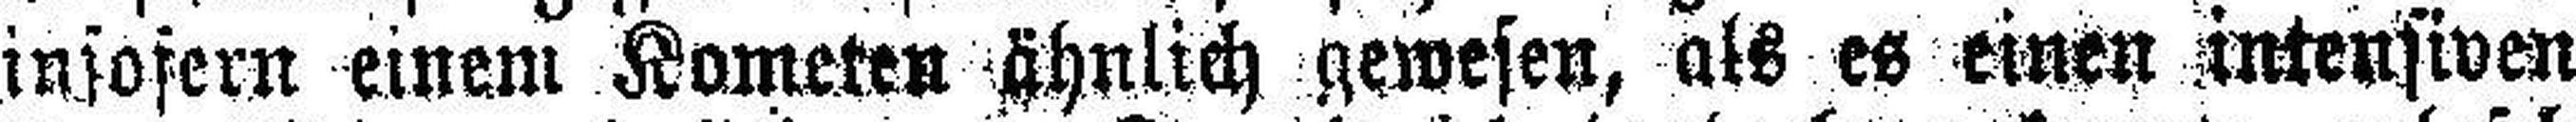
insofern einem Kometen ähnlich gewesen, als es einen intensiven